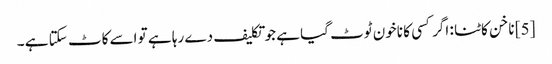
[5] ناخن کاٹنا : اگر کسی کا ناخون ٹوٹ گیا ہے جو تکلیف دے رہا ہے تو اسے کاٹ سکتا ہے ۔